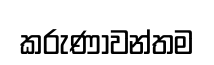
කරුණාවන්තම